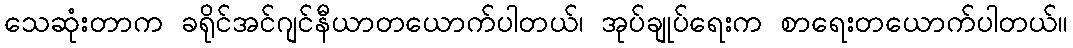
သေဆုံးတာက ခရိုင်အင်ဂျင်နီယာတယောက်ပါတယ်၊ အုပ်ချုပ်ရေးက စာရေးတယောက်ပါတယ်။